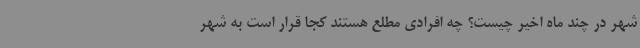
شهر در چند ماه اخیر چیست؟ چه افرادی مطلع هستند کجا قرار است به شهر